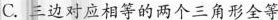
C.边对应相等的两个三角形全等